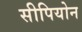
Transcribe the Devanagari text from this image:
सीपियोन